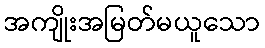
အကျိုးအမြတ်မယူသော